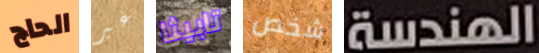
الحاج غير تابيثا شخص الهندسة